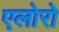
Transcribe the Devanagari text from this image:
एलोरो